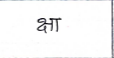
मजकूर: क्षा